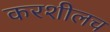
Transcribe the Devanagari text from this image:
करशीलच